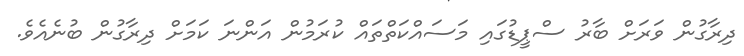
ދިރާގުން ވަރަށް ބާރު ސްޕީޑުގައި މަސައްކަތްތައް ކުރަމުން އަންނަ ކަމަށް ދިރާގުން ބުނެއެވެ.